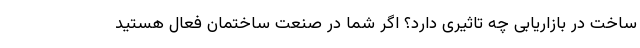
ساخت در بازاریابی چه تاثیری دارد؟ اگر شما در صنعت ساختمان فعال هستید